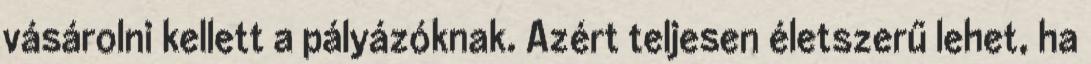
vásárolni kellett a pályázóknak. Azért teljesen életszerű lehet, ha